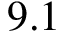
9 . 1